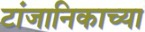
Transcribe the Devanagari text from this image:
टांजानिकाच्या